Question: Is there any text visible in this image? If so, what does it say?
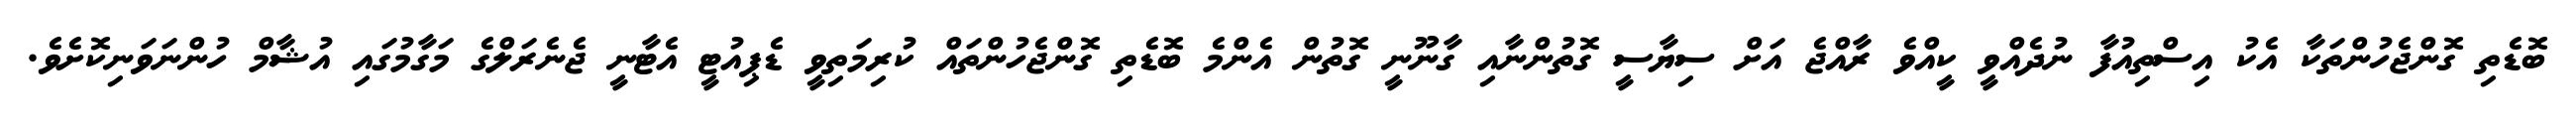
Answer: ބޮޑެތި ގޮންޖެހުންތަކާ އެކު އިސްތިއުފާ ނުދެއްވީ ކީއްވެ ރާއްޖެ އަށް ސިޔާސީ ގޮތުންނާއި ގާނޫނީ ގޮތުން އެންމެ ބޮޑެތި ގޮންޖެހުންތައް ކުރިމަތިވީ ޑެޕިއުޓީ އެޓާނީ ޖެނެރަލްގެ މަގާމުގައި އުޝާމް ހުންނަވަނިކޮށެވެ.